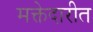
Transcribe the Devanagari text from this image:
मक्तेदारीत